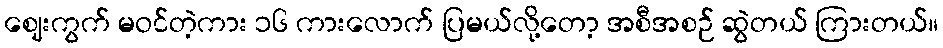
ဈေးကွက် မဝင်တဲ့ကား ၁၆ ကားလောက် ပြမယ်လို့တော့ အစီအစဉ် ဆွဲတယ် ကြားတယ်။